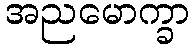
အညမောက္ခာ